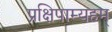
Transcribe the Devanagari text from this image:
प्रक्षिपाम्यहम्